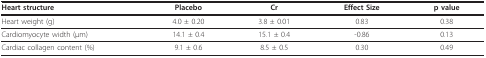
<table><thead><tr><td><b>Heart structure</b></td><td><b>Placebo</b></td><td><b>Cr</b></td><td><b>Effect Size</b></td><td><b>p value</b></td></tr></thead><tbody><tr><td>Heart weight (g)</td><td>4.0 ± 0.20</td><td>3.8 ± 0.01</td><td>0.83</td><td>0.38</td></tr><tr><td>Cardiomyocyte width (μm)</td><td>14.1 ± 0.4</td><td>15.1 ± 0.4</td><td>-0.86</td><td>0.13</td></tr><tr><td>Cardiac collagen content (%)</td><td>9.1 ± 0.6</td><td>8.5 ± 0.5</td><td>0.30</td><td>0.49</td></tr></tbody></table>